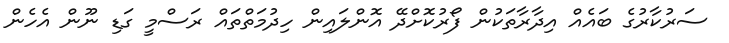
ސަރުކާރުގެ ބައެއް އިދާރާތަކުން ފޯރުކޮށްދޭ އޮންލައިން ހިދުމަތްތައް ރަސްމީ ގަޑި ނޫން އެހެން